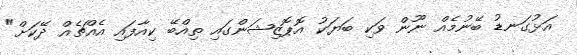
އަޅުގަނޑު ބޭނުމެއް ނޫން ވަކި ބަޔަކު އޮޕޮޒިޝަންގައި ތިއްބޭ ކިއާފައި އެއްޗެއް ދޭކަށް"